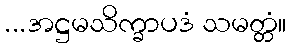
...အဋ္ဌမသိက္ခာပဒံ သမတ္တံ။